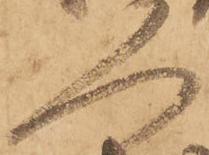
人